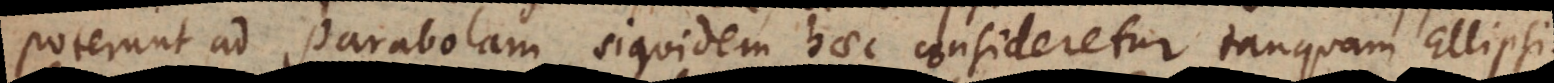
poterunt ad Parabolam, siquidem haec consideretur tanquam Ellips